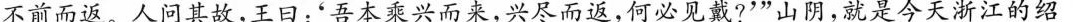
不前而返。人问其故，王日：'吾本乘兴而来，兴尽而返，何必见戴?'”山阴： 就是今天浙江的绍